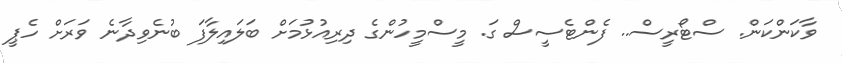
ވާކަންކަން. ސްޓޯރީސް.. ފެންޓެސީސް ގަ. މީސްމީހުންގެ ދިރިއުޅުމަށް ބަލައިލާފަ ބުނެވިދާނެ ވަރަށް ހެޕީ